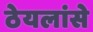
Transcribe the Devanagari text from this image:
ठेयलांसे